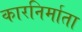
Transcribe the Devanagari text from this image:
कारनिर्माता